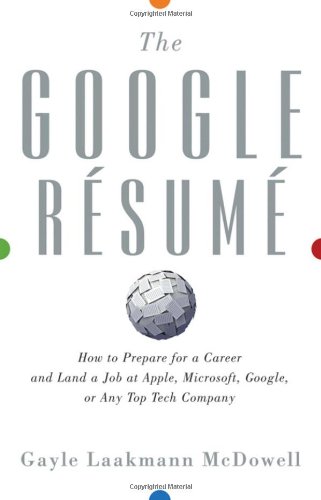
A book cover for The Google Resume: How to Prepare for a Career and Land a Job at Apple, Microsoft, Google, or any Top Tech Company; Gayle Laakmann McDowell; Computers & Technology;